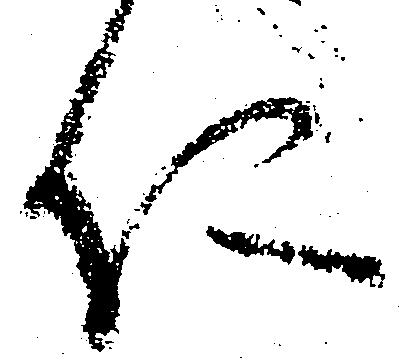
仁